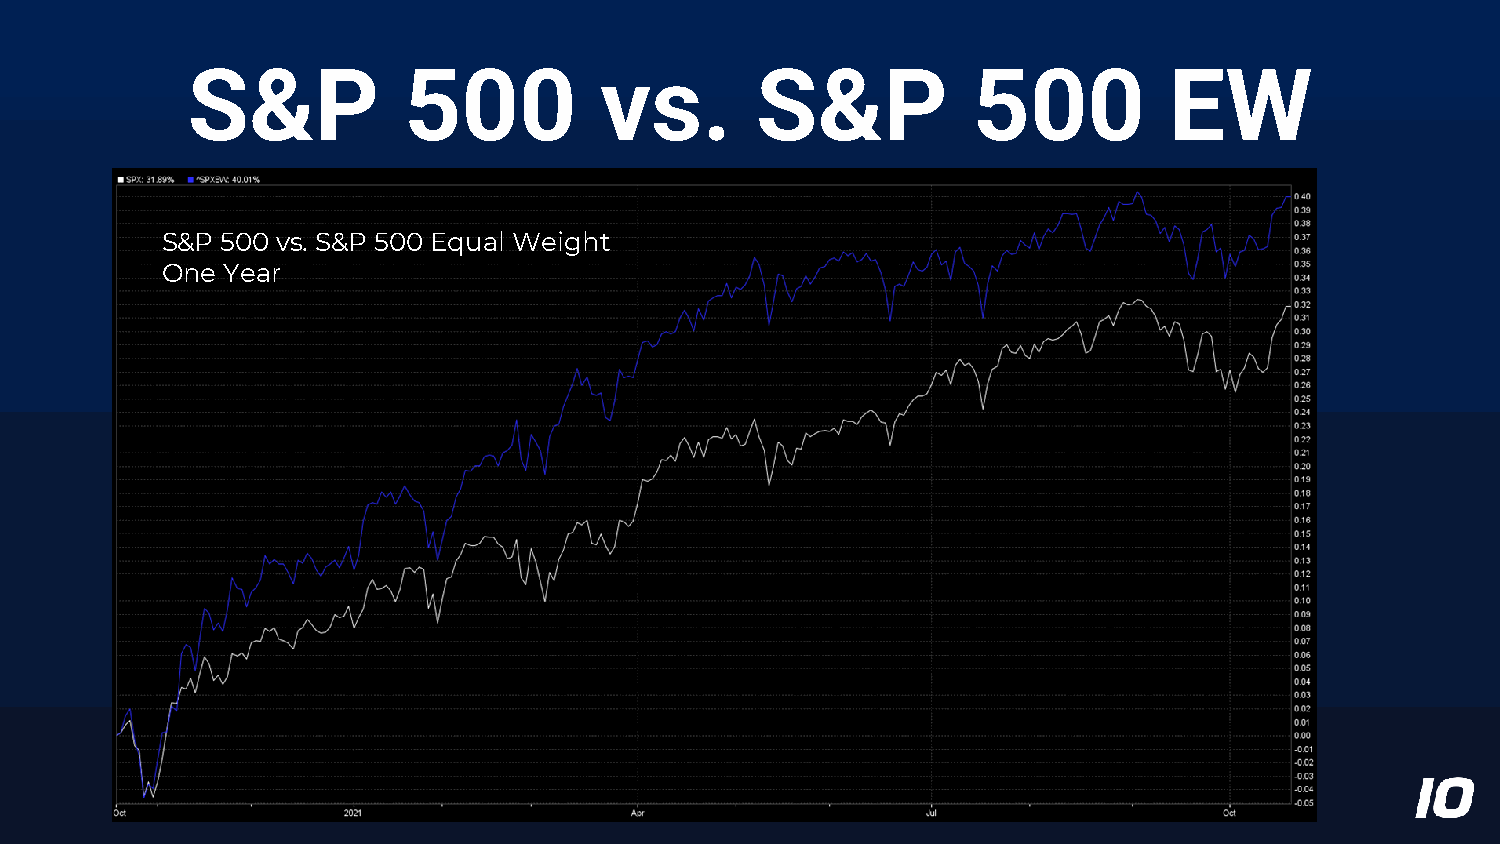
S&P            500          vs.       S&P           500          EW
 S&P 500 vs. S&P 500 Equal Weight
 One Year